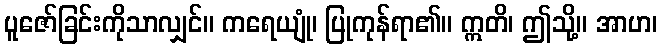
ပူဇော်ခြင်းကိုသာလျှင်။ ကရေယျုံ၊ ပြုကုန်ရာ၏။ ဣတိ၊ ဤသို့။ အာဟ၊